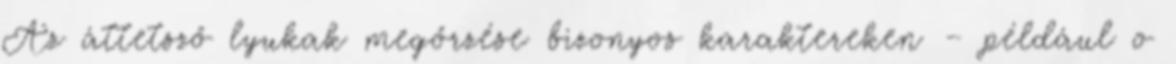
Az áttetsző lyukak megőrzése bizonyos karaktereken – például o